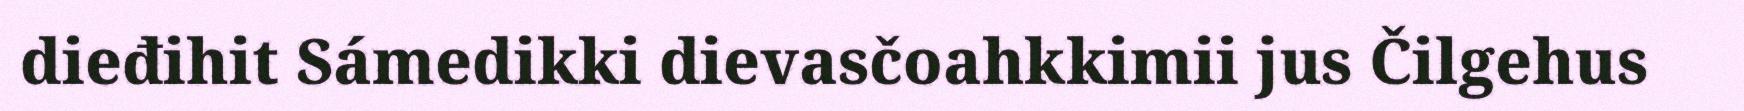
dieđihit Sámedikki dievasčoahkkimii jus Čilgehus